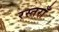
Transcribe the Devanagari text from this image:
रस्तराँ